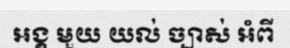
អង្គ មួយ យល់ ច្បាស់ អំពី